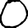
Digit: 0